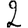
Digit: 2